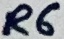
Text: R6